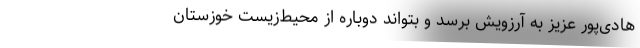
هادی‌پور عزیز به آرزویش برسد و بتواند دوباره از محیط‌زیست خوزستان